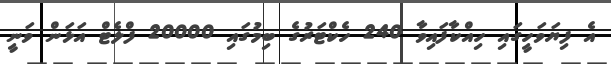
އެ ފިޔަވަހީގައި ހިއްކާފައިވާ 240 ހެކްޓަރުގެ ބިމުގައި 20000 ފްލެޓް އަޅަން ވަނީ